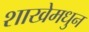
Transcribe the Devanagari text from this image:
शाखेमधुन